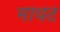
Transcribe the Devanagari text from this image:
मायट